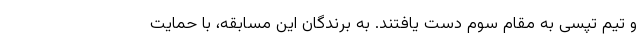
و تیم تپسی به مقام سوم دست یافتند. به برندگان این مسابقه، با حمایت